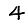
Digit: 4